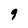
Character: g